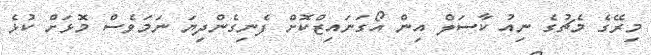
މިރޭގެ މެޗުގެ ނިއު ކާސަލް އިން އޯގަނައިޒްކޮށް ފެނިގެންދިޔަ ނަމަވެސް މޮޅަށް ކުޅެ